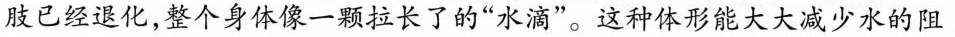
肢已经退化，整个身体像一颗拉长了的”水滴”。这种体形能大大减少水的阻